Civil Veterinary Department Bihar & Orissa reports 1929-36 - 1929-1936
Year: 1929
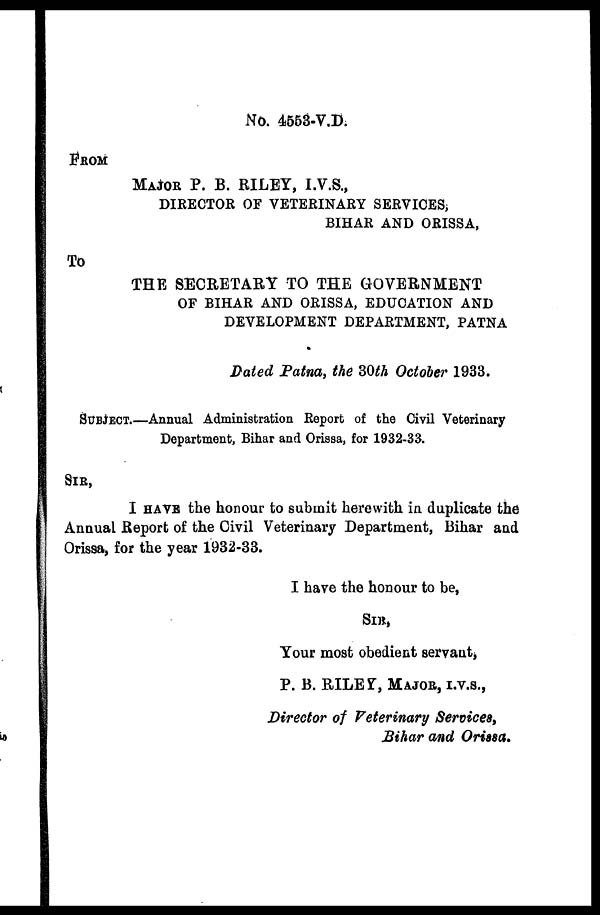
No. 4553-V.D.
FROM
MAJOR P. B. RILEY, I.V.S.,
DIRECTOR OF VETERINARY SERVICES;
BIHAR AND ORISSA,
TO
THE SECRETAEY TO THE GOVERNMENT
OF BIHAR AND ORISSA, EDUCATION AND
DEVELOPMENT DEPARTMENT, PATNA
Dated Patna, the 30th October 1933.
SUBJECT.—Annual Administration Report of the Civil Veterinary
Department, Bihar and Orissa, for 1932-33.
SIR,
I HAVE the honour to submit herewith in duplicate the
Annual Report of the Civil Veterinary Department, Bihar and
Orissa, for the year 1932-33.
I have the honour to be,
SIR,
Your most obedient servant,
P. B. RILEY, MAJOR, I.V.S.,
Director of Veterinary Services,
Bihar and Orissa